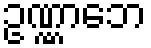
ဥဏ္ဏာဘေ